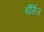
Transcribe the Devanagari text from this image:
बौर्सिज